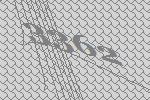
3362